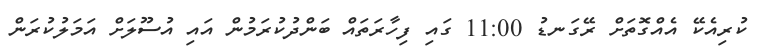
ކުރިއެކޭ އެއްގޮތަށް ރޭގަނޑު 11:00 ގައި ފިހާރަތައް ބަންދުކުރަމުން އައި އުސޫލަށް އަމަލުކުރަން